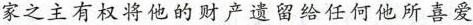
家之主有权将他的财产遗留给任何他所喜爱